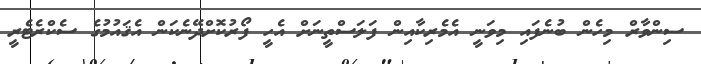
ސިންވާރް މިހެން ބުނެފައި މިވަނީ އެމެރިކާއިން ފަލަސްތީނަށް އެހީ ފޯރުކޮށްދޭނެކަން އެޤައުމުގެ ސެކްރެޓެރީ